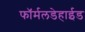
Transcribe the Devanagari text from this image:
फॉर्मलडेहाईड